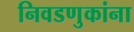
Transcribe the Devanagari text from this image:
निवडणुकांना